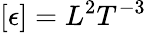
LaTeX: [\epsilon]=L^{2}T^{-3}